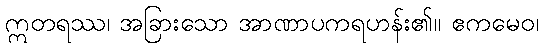
ဣတရဿ၊ အခြားသော အာဏာပကရဟန်း၏။ ဧကမေဝ၊